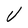
Character: V